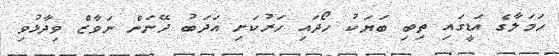
ހަމަލާގެ އަޑީގައި ތިބި ބަޔަކު ހޯދައި ހަރުކަށި އަދަބު ދޭނަން ނަވާޒް ވިދާޅުވި